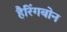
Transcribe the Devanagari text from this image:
हैरिंगबोन